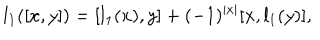
l _ { 1 } ( [ x , y ] ) = [ l _ { 1 } ( x ) , y ] + ( - 1 ) ^ { | x | } [ x , l _ { 1 } ( y ) ] ,